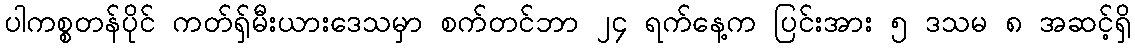
ပါကစ္စတန်ပိုင် ကတ်ရှ်မီးယားဒေသမှာ စက်တင်ဘာ ၂၄ ရက်နေ့က ပြင်းအား ၅ ဒသမ ၈ အဆင့်ရှိ